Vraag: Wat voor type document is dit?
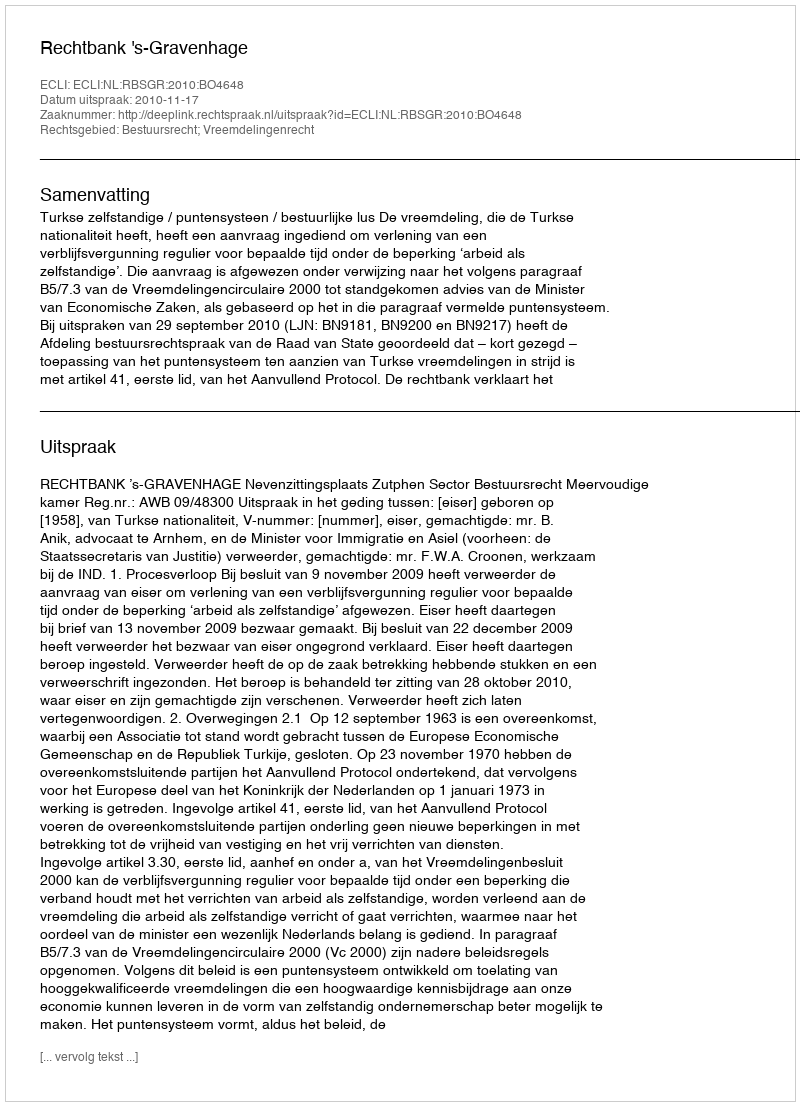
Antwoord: Uitspraak